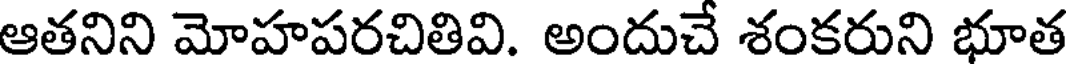
ఆతనిని మోహపరచితివి. అందుచే శంకరుని భూత